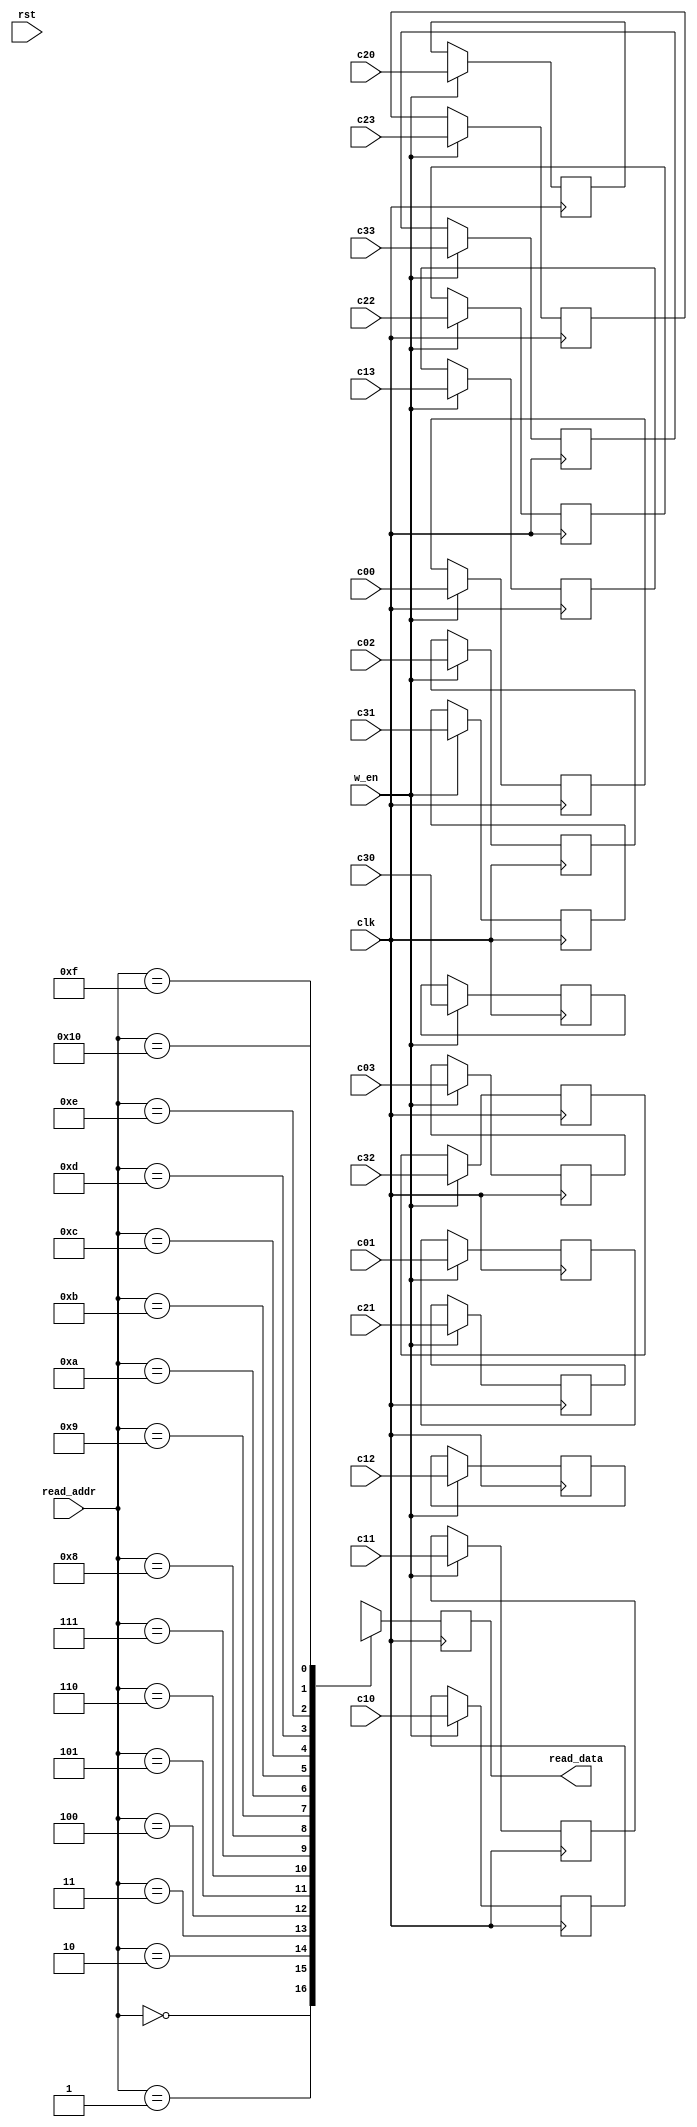
module output_mem_fi (
    clk, rst, read_addr, read_data, w_en, c00, c01, c02, c03, c10, c11, c12, c13, c20, c21, c22, c23, c30, c31, c32, c33
);
    input clk;
    input rst;
    input w_en;
    input [4:0] read_addr; // 4 bits to access 2 ^ 4 = 16 locations
    input [15:0] c00, c01, c02, c03, c10, c11, c12, c13, c20, c21, c22, c23, c30, c31, c32, c33; // Direct connections from PE array

    output reg [15:0] read_data;

    // Output memory
    reg [15:0] output_mem [16:0];

    always @(posedge clk ) begin

        // Read from memory
        read_data <= output_mem[read_addr];

        if (w_en) begin 
            output_mem[0] <= c00;
            output_mem[1] <= c01;
            output_mem[2] <= c02;
            output_mem[3] <= c03;

            output_mem[4] <= c10;
            output_mem[5] <= c11;
            output_mem[6] <= c12;
            output_mem[7] <= c13;

            output_mem[8] <= c20;
            output_mem[9] <= c21;
            output_mem[10] <= c22;
            output_mem[11] <= c23;

            output_mem[12] <= c30;
            output_mem[13] <= c31;
            output_mem[14] <= c32;
            output_mem[15] <= c33;
        end
    end

    // Read from memory
    // assign read_data = output_mem[read_addr];

endmodule